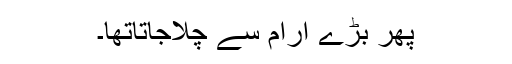
پھر بڑے آرام سے چلاجاتاتھا۔